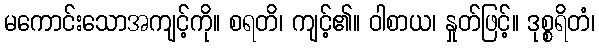
မကောင်းသောအကျင့်ကို။ စရတိ၊ ကျင့်၏။ ဝါစာယ၊ နှုတ်ဖြင့်။ ဒုစ္စရိတံ၊